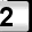
Digit: 2